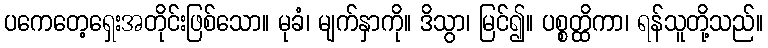
ပကေတေ့ရှေးအတိုင်းဖြစ်သော။ မုခံ၊ မျက်နှာကို။ ဒိသွာ၊ မြင်၍။ ပစ္စတ္ထိကာ၊ ရန်သူတို့သည်။